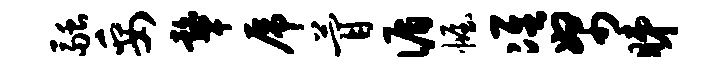
融妥鼙虎瞢循幄准帑睇